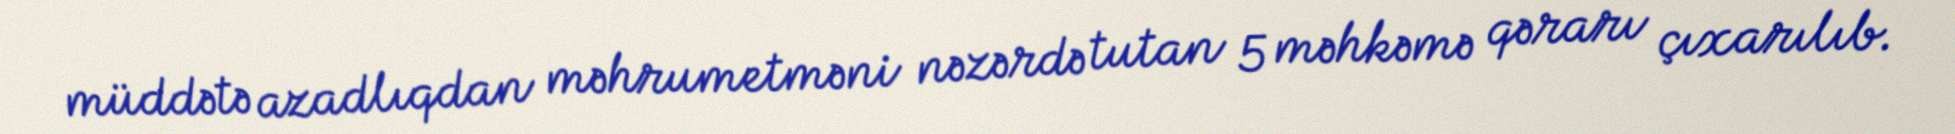
müddətə azadlıqdan məhrumetməni nəzərdə tutan 5 məhkəmə qərarı çıxarılıb.